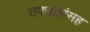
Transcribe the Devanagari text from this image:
तपचक्रांसह